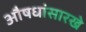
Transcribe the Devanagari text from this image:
औषधांसारखे